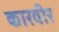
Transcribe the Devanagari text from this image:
कारवीर